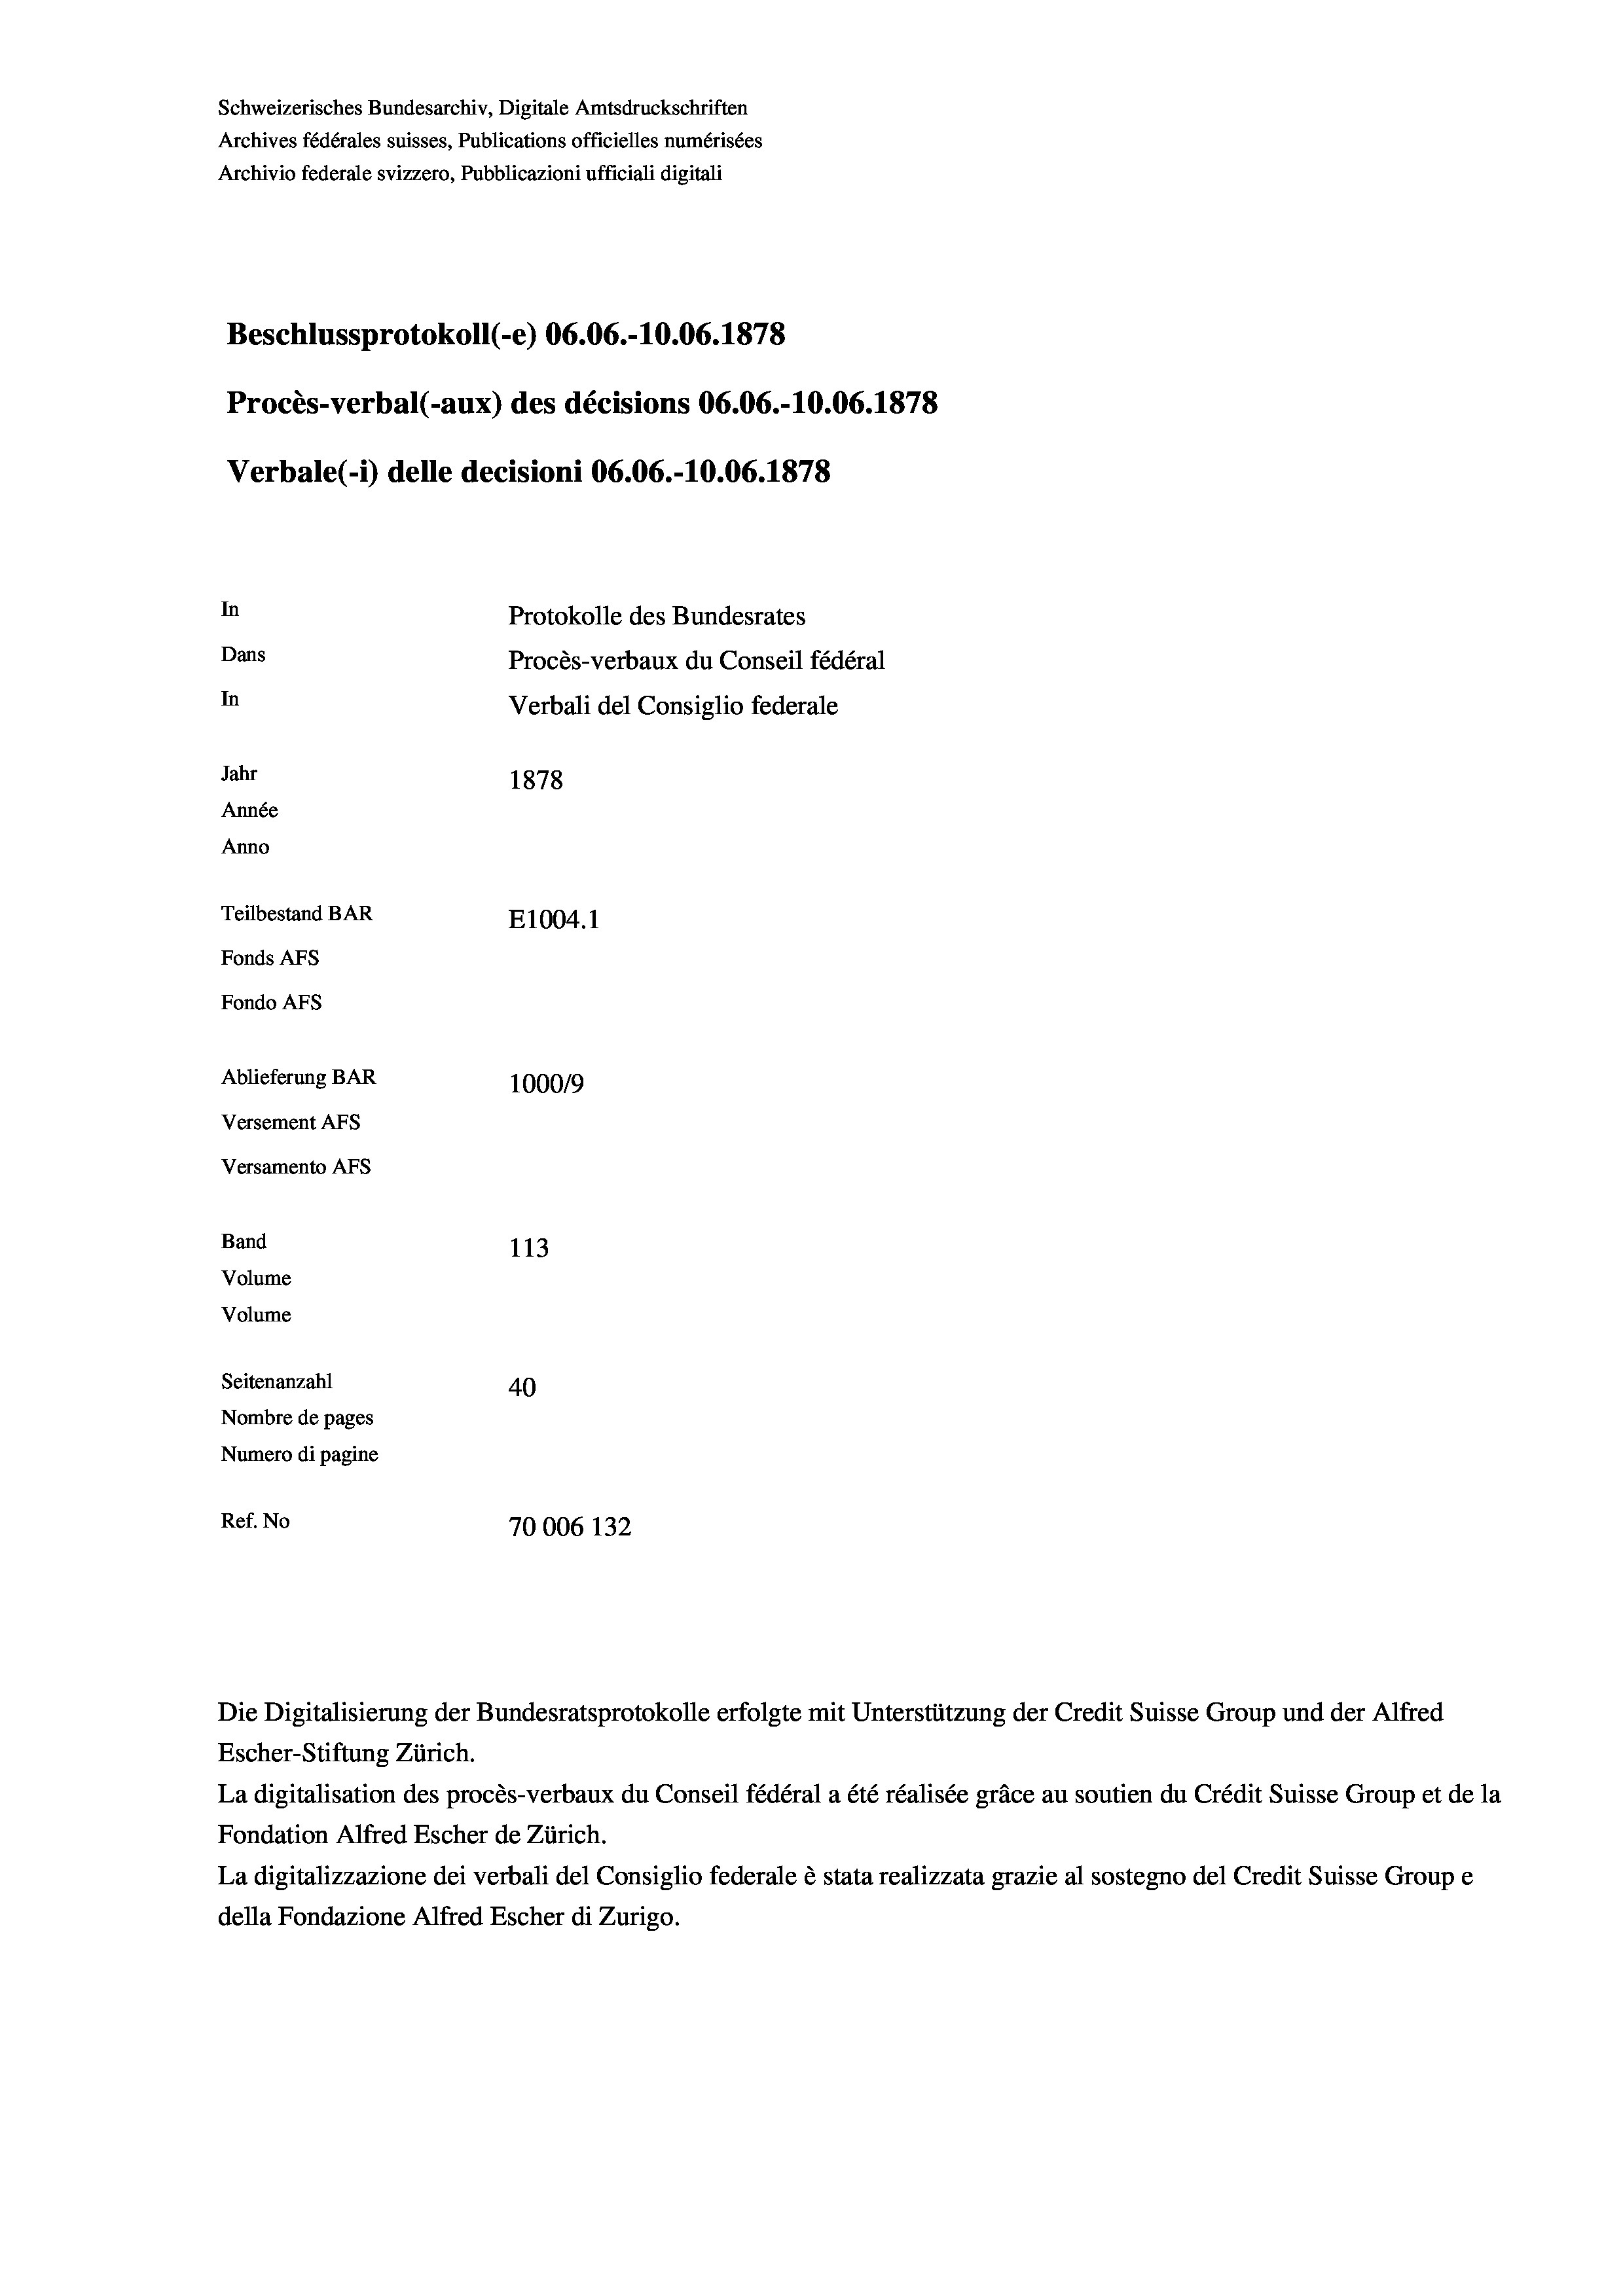
Schweizerisches Bundesarchiv, Digitale Amtsdruckschriften
Archives fédérales suisses, Publications officielles numérisées
Archivio federale svizzero, Pubblicazioni ufficiali digitali
Beschlussprotokoll (-e) 06.06.-10.06. 1878
Procès-verbal (-aux) des décisions 06.06.-10.06. 1878
Verbale (i) delle decisioni 06.06.-10.06. 1878
In
Protokolle des Bundesrates
Dans
Procès-verbaux du Conseil fédéral
In
Verbali del Consiglio federale
Jahr
1878
Année
Anno
Teilbestand BAR
E1004. 1
Fonds AFs
Fondo Afs
Ablieferung BAR
100019
Versement AFs
Versamento AFS
Band
113
Volume
Volume
Seitenanzahl
40
Nombre de pages
Numero di pagine
Ref. No
70006 132

Escher-Stiftung Zürich.
La digitalisation des procès-verbaux du Conseil fédéral a été réalisée gräce au soutien du Crédit Suisse Group et de la
Fondation Alfred Escher de Zürich.
La digitalizzazione dei verbali del Consiglio federale è stata realizzata grazie al sostegno del Credit Suisse Groupe
della Fondazione Alfred Escher di Zurigo.

Die Digitalisierung der Bundesratsprotokolle erfolgte mit Unterstützung der Credit Suisse Group und der Alfred